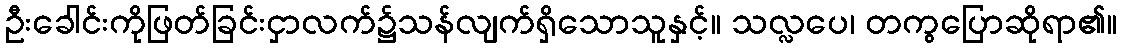
ဦးခေါင်းကိုဖြတ်ခြင်းငှာလက်၌သန်လျက်ရှိသောသူနှင့်။ သလ္လပေ၊ တကွပြောဆိုရာ၏။